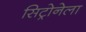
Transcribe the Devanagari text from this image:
सिट्रोनेला